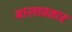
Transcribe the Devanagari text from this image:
बालावतार